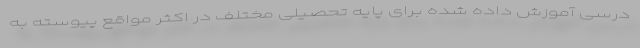
درسی آموزش داده شده برای پایه تحصیلی مختلف در اکثر مواقع پیوسته به